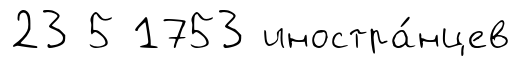
23 5 1753 иностра́нцев